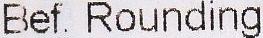
BEF. ROUNDING